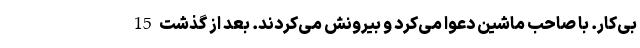
بی‌کار. با صاحب ماشین دعوا می‌کرد و بیرونش می‌کردند. بعد از گذشت 15